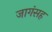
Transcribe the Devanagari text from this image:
जागंसह